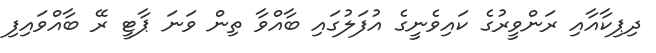
ދިޕިކާއާއި ރަންވީރުގެ ކައިވެނީގެ އުފަލުގައި ބާއްވާ ތިން ވަނަ ޕާޓީ ރޭ ބާއްވައިފި